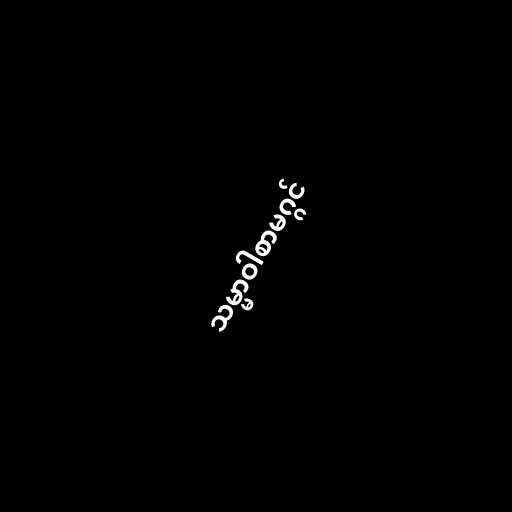
သမ္မာဝါစာမဂ္ဂင်